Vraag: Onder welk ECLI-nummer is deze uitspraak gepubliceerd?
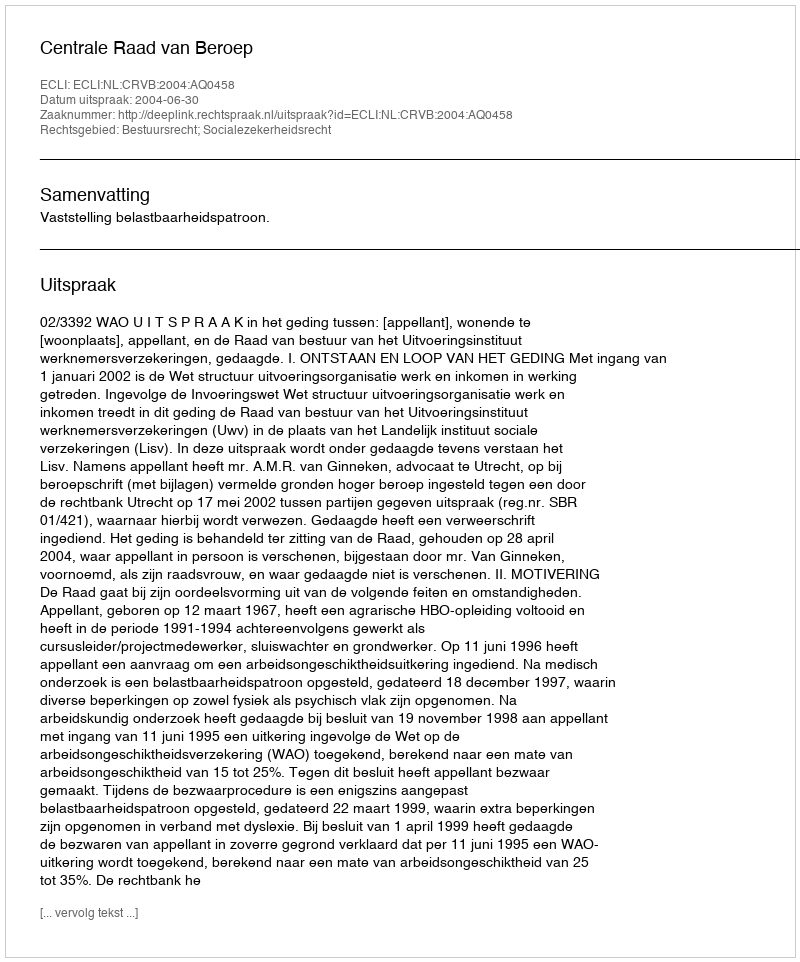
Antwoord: ECLI:NL:CRVB:2004:AQ0458